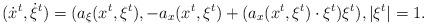
LaTeX: \begin{align*}( \dot x^t, \dot \xi^t) = (a_\xi (x^t, \xi^t) , -a_x (x^t, \xi^t) + (a_x (x^t, \xi^t) \cdot \xi^t) \xi^t ), |\xi^t| = 1. \end{align*}